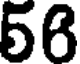
56